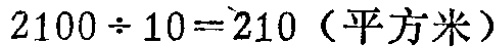
\(2100\div 10 = 210（平方米）\)